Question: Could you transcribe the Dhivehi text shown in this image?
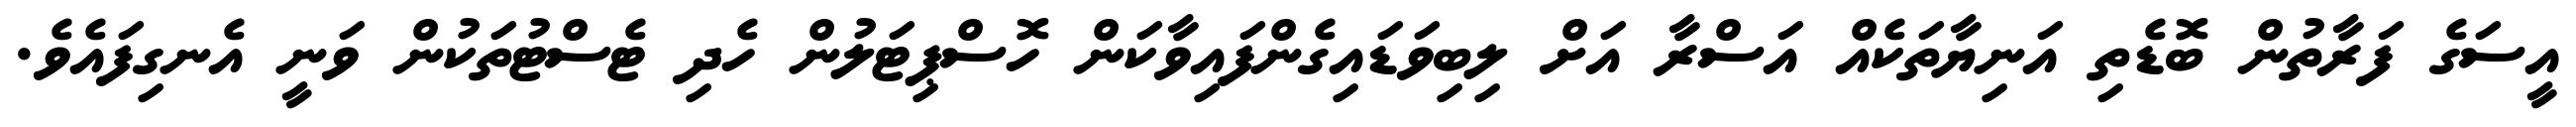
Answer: އީސަގެ ފަރާތުން ބޮޑެތި އަނިޔާތަކެއް އަސްރާ އަށް ލިބިވަޑައިގެންފައިވާކަން ހޮސްޕިޓަލުން ހެދި ޓެސްޓުތަކުން ވަނީ އެނގިފައެވެ.